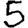
Digit: 5